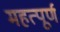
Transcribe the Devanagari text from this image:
महत्‍पूर्ण